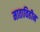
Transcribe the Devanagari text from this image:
माताविहीन